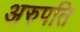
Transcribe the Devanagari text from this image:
अरुपति